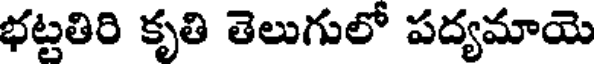
భట్టతిరి కృతి తెలుగులో పద్యమాయె